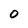
Character: 0